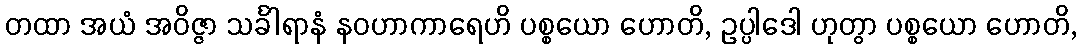
တထာ အယံ အဝိဇ္ဇာ သင်္ခါရာနံ နဝဟာကာရေဟိ ပစ္စယော ဟောတိ, ဥပ္ပါဒေါ ဟုတွာ ပစ္စယော ဟောတိ,